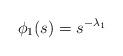
LaTeX: \begin{align*} \phi _1 (s) = s^{- \lambda _1}\end{align*}